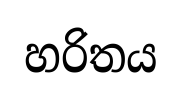
හරිතය